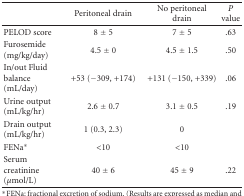
|  | Peritoneal drain | No peritoneal drain | P value |
 | --- | --- | --- | --- |
 | PELOD score | 8 ± 5 | 7 ± 5 | .63 |
 | Furosemide (mg/kg/day) | 4.5 ± 0 | 4.5 ± 1.5 | .50 |
 | In/out Fluid balance (mL/day) | +53 (−309, +174) | +131 (−150, +339) | .06 |
 | Urine output (mL/kg/hr) | 2.6 ± 0.7 | 3.1 ± 0.5 | .19 |
 | Drain output (mL/kg/hr) | 1 (0.3, 2.3) | 0 |  |
 | FENa* | <10 | <10 |  |
 | Serum creatinine (μmol/L) | 40 ± 6 | 45 ± 9 | .22 |